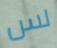
لس